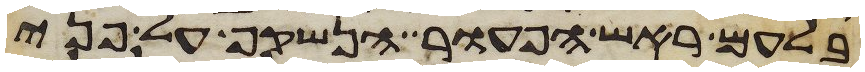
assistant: בלעם ראש הפעור הנשקף על פני